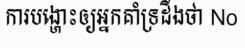
ការបង្ហោះឲ្យអ្នកគាំទ្រដឹងថា No